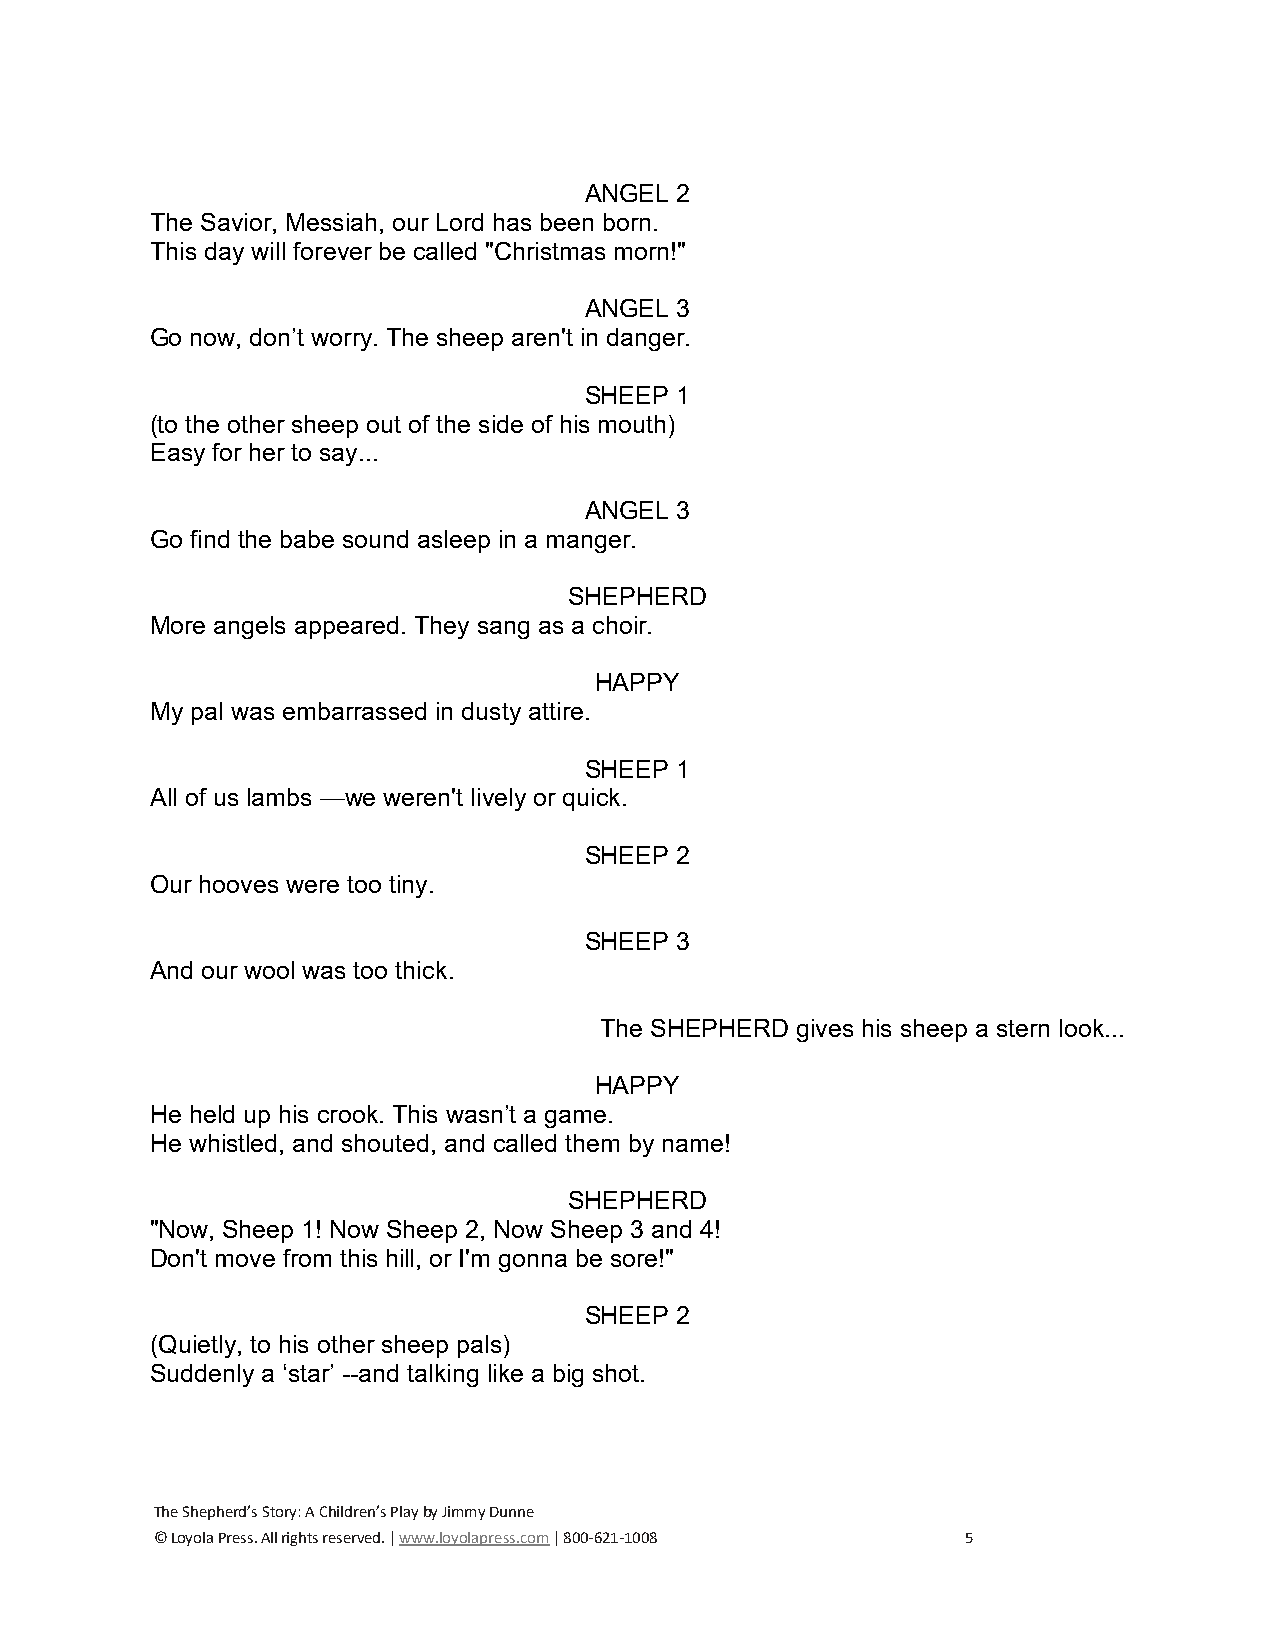
ANGEL 2
 The Savior, Messiah, our Lord has been born.
 This day will forever be called "Christmas morn!"
 ANGEL 3
 Go now, don’t worry. The sheep aren't in danger.
 SHEEP 1
 (to the other sheep out of the side of his mouth)
 Easy for her to say...
 ANGEL 3
 Go find the babe sound asleep in a manger.
 SHEPHERD
 More angels appeared. They sang as a choir.
 HAPPY
 My pal was embarrassed in dusty attire.
 SHEEP 1
 All of us lambs —we weren't lively or quick.
 SHEEP 2
 Our hooves were too tiny.
 SHEEP 3
 And our wool was too thick.
 The SHEPHERD gives his sheep a stern look...
 HAPPY
 He held up his crook. This wasn’t a game.
 He whistled, and shouted, and called them by name!
 SHEPHERD
 "Now, Sheep 1! Now Sheep 2, Now Sheep 3 and 4!
 Don't move from this hill, or I'm gonna be sore!"
 SHEEP 2
 (Quietly, to his other sheep pals)
 Suddenly a ‘star’ --and talking like a big shot.
 The Shepherd’s Story: A Children’s Play by Jimmy Dunne
 © Loyola Press. All rights reserved. | www.loyolapress.com | 800-621-1008 5